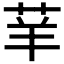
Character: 𦭵